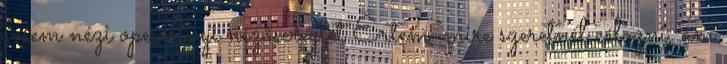
sosem nézi operettnyi nézősereglet Értem, mire szeretnél célozni, ám